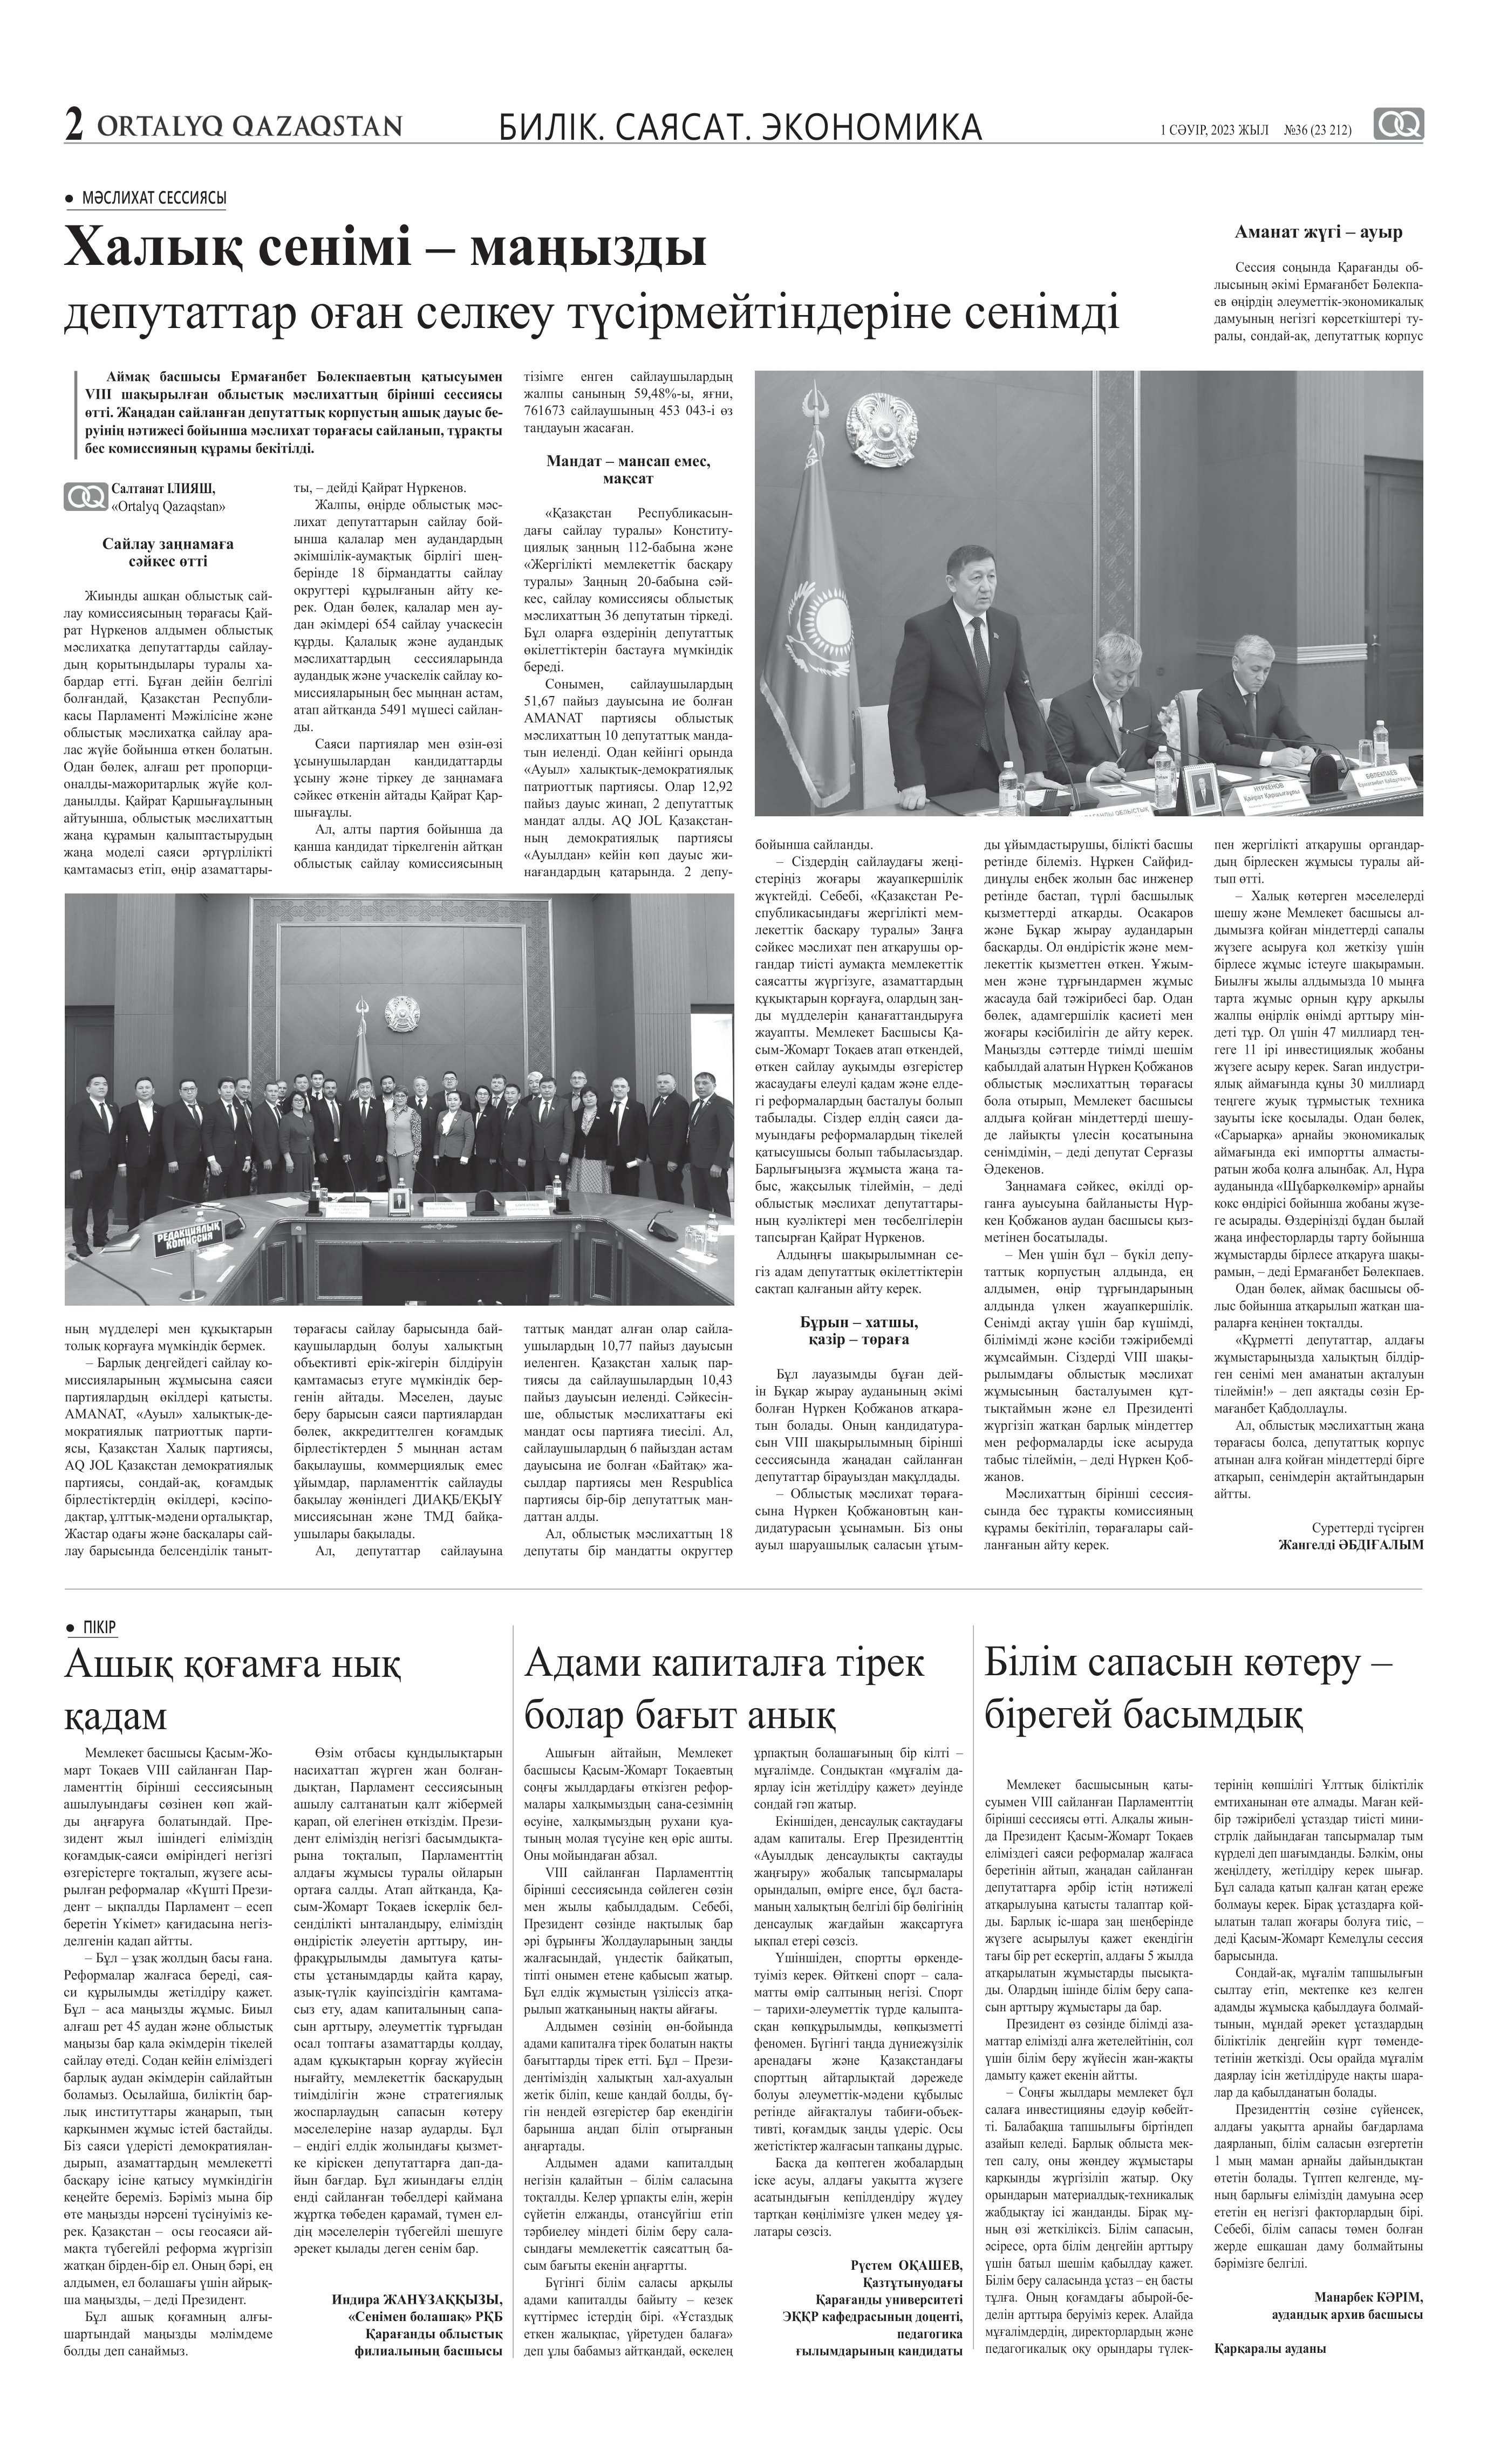
Language: kk